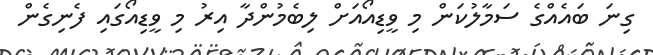
ގިނަ ބައެއްގެ ސަމާލުކަން މި ވީޑިއޯއަށް ލިބެމުންދާ އިރު މި ވީޑިއޯގައި ފެނިގެން